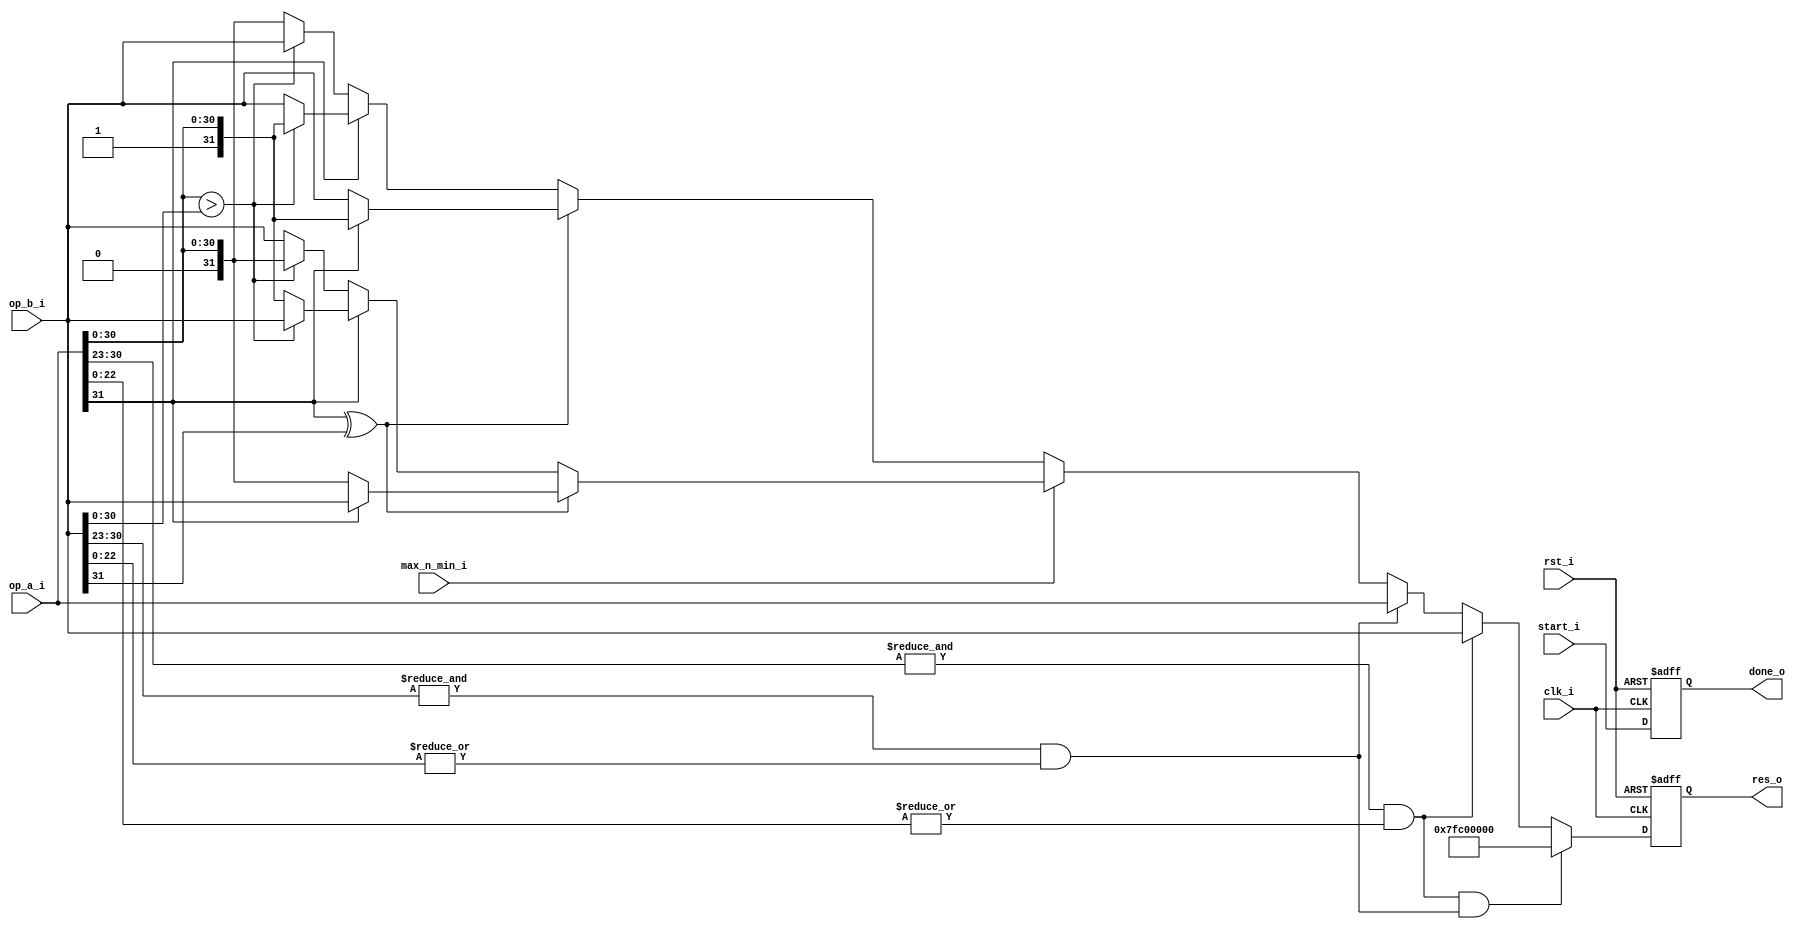
// This program was cloned from: https://github.com/IObundle/iob-soc
// License: MIT License

`timescale 1ns / 1ps

// Canonical NAN
`define NAN {1'b0, {EXP_W{1'b1}}, 1'b1, {(DATA_W-EXP_W-2){1'b0}}}

// Infinite
`define INF(SIGN) {SIGN, {EXP_W{1'b1}}, {(DATA_W-EXP_W-1){1'b0}}}

module iob_fp_minmax # (
                    parameter DATA_W = 32,
                    parameter EXP_W = 8
                    )
  (
   input                   clk_i,
   input                   rst_i,

   input                   start_i,
   output reg              done_o,

   input                   max_n_min_i,
   input [DATA_W-1:0]      op_a_i,
   input [DATA_W-1:0]      op_b_i,

   output reg [DATA_W-1:0] res_o
   );

   wire [DATA_W-1:0]   bigger  = (op_a_i[DATA_W-1] ^ op_b_i[DATA_W-1])? (op_a_i[DATA_W-1]? op_b_i: op_a_i):
                                                    op_a_i[DATA_W-1]? ((op_a_i[DATA_W-2:0] > op_b_i[DATA_W-2:0])? op_b_i: op_a_i):
                                                                    ((op_a_i[DATA_W-2:0] > op_b_i[DATA_W-2:0])? op_a_i: op_b_i);

   wire [DATA_W-1:0]   smaller = (op_a_i[DATA_W-1] ^ op_b_i[DATA_W-1])? (op_a_i[DATA_W-1]? op_a_i: op_b_i):
                                                    op_a_i[DATA_W-1]? ((op_a_i[DATA_W-2:0] > op_b_i[DATA_W-2:0])? op_a_i: op_b_i):
                                                                    ((op_a_i[DATA_W-2:0] > op_b_i[DATA_W-2:0])? op_b_i: op_a_i);

   wire                op_a_nan = &op_a_i[DATA_W-2 -: EXP_W] & |op_a_i[DATA_W-EXP_W-2:0];
   wire                op_b_nan = &op_b_i[DATA_W-2 -: EXP_W] & |op_b_i[DATA_W-EXP_W-2:0];

   wire [DATA_W-1:0] res_int = (op_a_nan & op_b_nan)? `NAN:
                                            op_a_nan? op_b_i:
                                            op_b_nan? op_a_i:
                                           max_n_min_i? bigger: smaller;

   always @(posedge clk_i, posedge rst_i) begin
      if (rst_i) begin
         res_o <= {DATA_W{1'b0}};
         done_o <= 1'b0;
      end else begin
         res_o <= res_int;
         done_o <= start_i;
      end
   end

endmodule